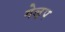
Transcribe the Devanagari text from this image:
गेल़प